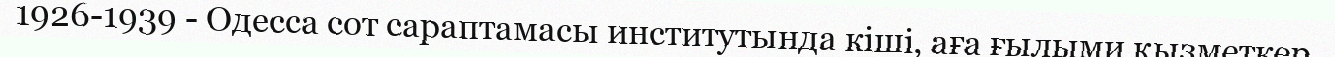
1926-1939 - Одесса сот сараптамасы институтында кіші, аға ғылыми қызметкер,